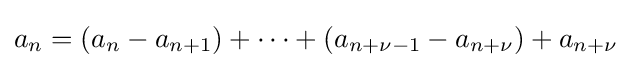
a_{n}=(a_{n}-a_{n+1})+\dots +(a_{n+\nu -1}-a_{n+\nu })+a_{n+\nu }